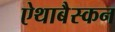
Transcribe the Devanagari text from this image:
ऐथाबैस्कन